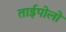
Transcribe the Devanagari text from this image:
ताईपोलो